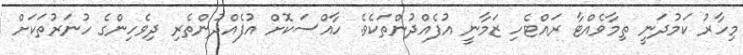
މިހާރު ކަމުދަނީ ތިމާވެއްޓާ ރައްޓެހި ޒަމާނީ އުފެއްދުންތަކެވެ. ހާއްސަކޮށް އުފެއްދުންތެރި ދިވެހިންގެ ހުނަރުތަކަށް